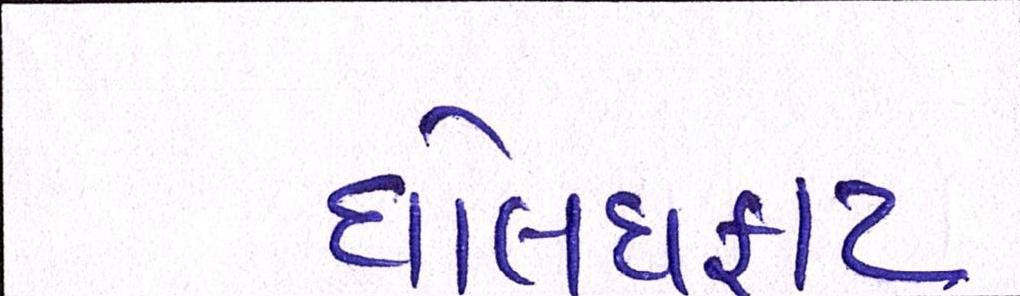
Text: ધોલધફાટ